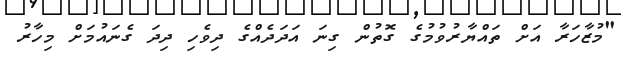
"މުޒާހަރާ އަށް ތައްޔާރުވުމުގެ ގޮތުން ގިނަ އަދަދެއްގެ ދިވެހި ދިދަ ގެނައުމަށް މިހާރު